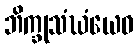
ဘိက္ခုသံဃံယေဝ